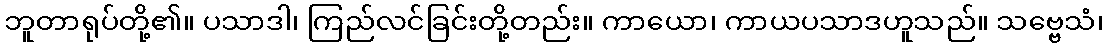
ဘူတာရုပ်တို့၏။ ပသာဒါ၊ ကြည်လင်ခြင်းတို့တည်း။ ကာယော၊ ကာယပသာဒဟူသည်။ သဗ္ဗေသံ၊